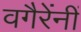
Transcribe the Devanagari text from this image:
वगैरेंनीं